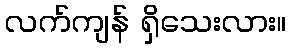
လက်ကျန် ရှိသေးလား။